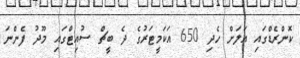
ކޮންރެޑްގައި އަލަށް ހެދި 650 އަކަމީޓަރުގެ ދެ ބީޗް ސުއިޓްގައި މޫދު ފެންނަ